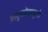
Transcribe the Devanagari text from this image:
ग्लूकोजमुळे